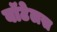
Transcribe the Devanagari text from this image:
बॉटेलस